Indian journal of veterinary science and animal husbandry - Volume 1,
Year: 1931
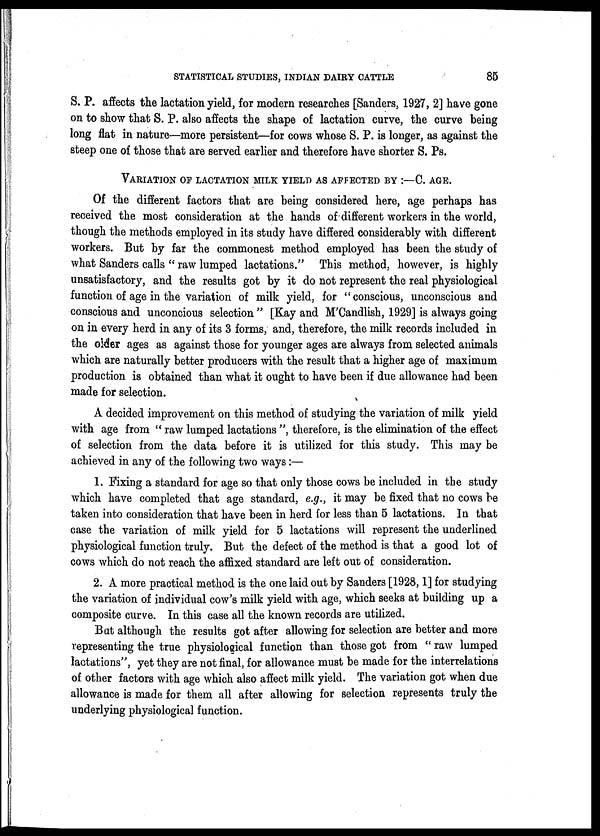
STATISTICAL STUDIES, INDIAN DAIRY CATTLE
85
S. P. affects the lactation yield, for modern researches [Sanders, 1927, 2] have gone
on to show that S. P. also affects the shape of lactation curve, the curve being
long flat in nature—more persistent—for cows whose S. P. is longer, as against the
steep one of those that are served earlier and therefore have shorter S. Ps.
VARIATION OF LACTATION MILK YIELD AS AFFECTED BY :—C. AGE.
Of the different factors that are being considered here, age perhaps has
received the most consideration at the hands of different workers in the world,
though the methods employed in its study have differed considerably with different
workers. But by far the commonest method employed has been the study of
what Sanders calls " raw lumped lactations." This method, however, is highly
unsatisfactory, and the results got by it do not represent the real physiological
function of age in the variation of milk yield, for "conscious, unconscious and
conscious and unconcious selection " [Kay and M'Candlish, 1929] is always going
on in every herd in any of its 3 forms, and, therefore, the milk records included in
the older ages as against those for younger ages are always from selected animals
which are naturally better producers with the result that a higher age of maximum
production is obtained than what it ought to have been if due allowance had been
made for selection.
A decided improvement on this method of studying the variation of milk yield
with age from " raw lumped lactations ", therefore, is the elimination of the effect
of selection from the data before it is utilized for this study. This may be
achieved in any of the following two ways :—
1. Fixing a standard for age so that only those cows be included in the study
which have completed that age standard, e.g., it may be fixed that no cows be
taken into consideration that have been in herd for less than 5 lactations. In that
case the variation of milk yield for 5 lactations will represent the underlined
physiological function truly. But the defect of the method is that a good lot of
cows which do not reach the affixed standard are left out of consideration.
2. A more practical method is the one laid out by Sanders [1928, 1] for studying
the variation of individual cow's milk yield with age, which seeks at building up a
composite curve. In this case all the known records are utilized.
But although the results got after allowing for selection are better and more
representing the true physiological function than those got from " raw lumped
lactations", yet they are not final, for allowance must be made for the interrelations
of other factors with age which also affect milk yield. The variation got when due
allowance is made for them all after allowing for selection represents truly the
underlying physiological function.